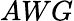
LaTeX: AWG